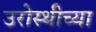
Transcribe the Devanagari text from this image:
उरोस्थीच्या